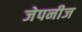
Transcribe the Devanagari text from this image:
जेपनीज